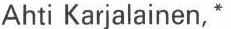
Ahti Karjalainen, *